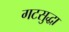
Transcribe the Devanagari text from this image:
गटसुद्धा